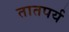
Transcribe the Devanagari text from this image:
तातपर्य